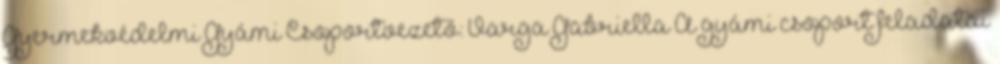
Gyermekvédelmi Gyámi Csoportvezető: Varga Gabriella A gyámi csoport feladatai